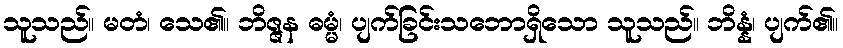
သူသည်။ မတံ၊ သေ၏။ ဘိဇ္ဇန ဓမ္မံ၊ ပျက်ခြင်းသဘောရှိသော သူသည်။ ဘိန္နံ၊ ပျက်၏။